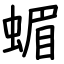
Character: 蝞